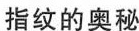
指纹的奥秘